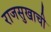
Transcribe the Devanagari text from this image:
राजसुखाची